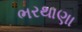
ભરથાણા